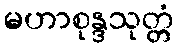
မဟာစုန္ဒသုတ္တံ